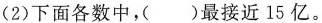
(2) 下面各数中，( )最接近15亿。